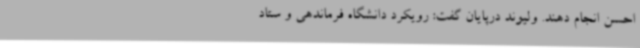
احسن انجام دهند. ولیوند درپایان گفت: رویکرد دانشگاه فرماندهی و ستاد